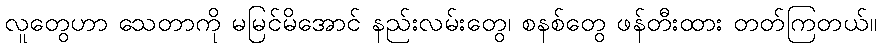
လူတွေဟာ သေတာကို မမြင်မိအောင် နည်းလမ်းတွေ၊ စနစ်တွေ ဖန်တီးထား တတ်ကြတယ်။